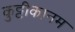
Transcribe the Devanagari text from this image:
कुट्टीकानम